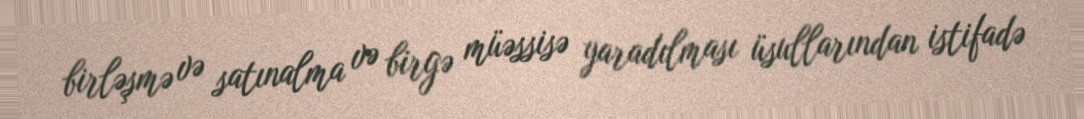
birləşmə və satınalma və birgə müəssisə yaradılması üsullarından istifadə